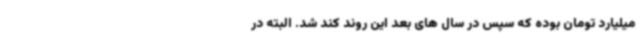
میلیارد تومان بوده که سپس در سال های بعد این روند کند شد. البته در